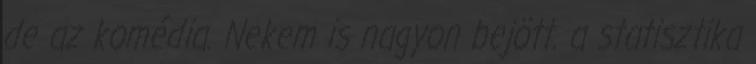
de az komédia. Nekem is nagyon bejött. a statisztika